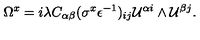
\Omega ^ { x } = i \lambda C _ { \alpha \beta } ( \sigma ^ { x } \epsilon ^ { - 1 } ) _ { i j } { \cal U } ^ { \alpha i } \wedge { \cal U } ^ { \beta j } .